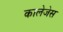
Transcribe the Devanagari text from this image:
कालेजेस